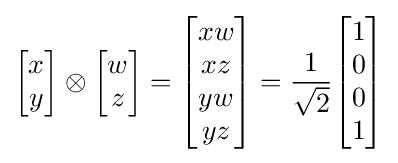
{\begin{bmatrix}x\\y\end{bmatrix}}\otimes {\begin{bmatrix}w\\z\end{bmatrix}}={\begin{bmatrix}xw\\xz\\yw\\yz\end{bmatrix}}={\frac {1}{\sqrt {2}}}{\begin{bmatrix}1\\0\\0\\1\end{bmatrix}}